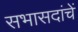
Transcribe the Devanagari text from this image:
सभासदांचें